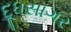
દૂધસાગર